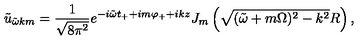
\tilde { u } _ { \tilde { \omega } k m } = \frac { 1 } { \sqrt { 8 \pi ^ { 2 } } } e ^ { - i \tilde { \omega } t _ { + } + i m \varphi _ { + } + i k z } J _ { m } \left( \sqrt { ( \tilde { \omega } + m \Omega ) ^ { 2 } - k ^ { 2 } } R \right) ,